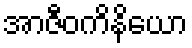
အာဇီဝကိနိယော